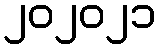
၂၀၂၀၂၁